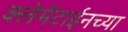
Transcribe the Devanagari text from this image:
क्लेमेंटाईनच्या